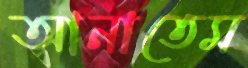
আনাতেম